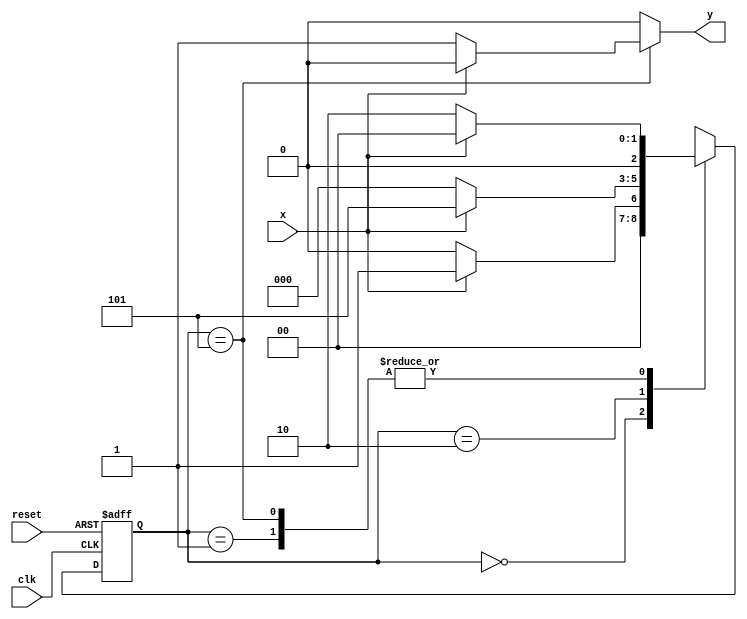
// ---------------------
// Guia 10 - Exercicio 03 - Mealy 
// Nome: Alyson Deives Pereira 416589
// ---------------------

// constant definitions
`define found    1
`define notfound 0

// FSM by Mealy
module seq1010_mealy ( y, x, clk, reset );
 output y;
 input  x;
 input  clk;
 input  reset;

 reg    y;

 parameter         // state identifiers 
   start  = 2'b00,
   id1    = 2'b01,
   id10   = 2'b10,
   id101  = 3'b101;

   reg [2:0] E1;	// current state variables
   reg [2:0] E2;	// next state logic output

// next state logic
   always @( x or E1 )
    begin
     y = `notfound;
     case ( E1 )
      start:
        if ( x )
         E2 = id1;
        else
         E2 = start;
      id1:
        if ( x )
         E2 = start;
        else
         E2 = id10;
      id10:
        if ( x )
         E2 = id101;
        else
         E2 = start;
      id101:
        if ( x )
	 begin
	   E2 =  start;
	   y  = `notfound;
	 end
	else
	 begin
	   E2 =  id10;
	   y  = `found;
	 end
      default:   // undefined state
           E2 =  2'bxx;
     endcase
    end // always at signal or state changing

// state variables
   always @( posedge clk or negedge reset )
    begin
     if ( reset )
      E1 = E2;    // updates current state
     else
      E1 = 0;     // reset
    end // always at signal changing

endmodule // seq1101_mealy

// --------------------
// --- TESTE
// --------------------
//

module seq1010_test;
 reg   clk, reset, x;
 wire  m1, m2;

 seq1010_mealy mealy1 ( m1, x, clk, reset );

 initial
  begin
   $display ( "Time     X   Ex_03" );

// initial values
       clk   = 1;
       reset = 0;
       x     = 0;

// input signal changing
  #5   reset = 1;
  #10  x = 1;
  #10  x = 0;
  #10  x = 1;
  #10  x = 0;
  #10  x = 1;
  #10  x = 0;
  #10  x = 0;
  #10  x = 1;

  #30 $finish;
 end // initial

 always
  #5 clk = ~clk;

 always @( posedge clk )
  begin
   $display ( "%4d  %4b  %4b", $time, x, m1 );
  end // always at positive edge clocking changing

endmodule // seq1101_test